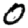
Digit: 0